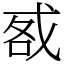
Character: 㦴